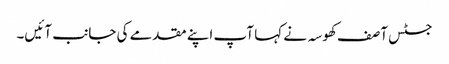
جسٹس آصف کھوسہ نے کہا آپ اپنے مقدمے کی جانب آئیں۔